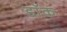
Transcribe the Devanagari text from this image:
डाॅक